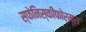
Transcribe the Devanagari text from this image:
स्फेनिस्कीफोर्म्स